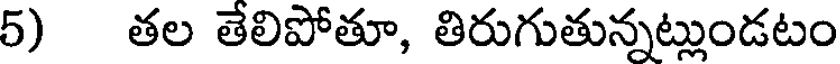
5) తల తేలిపోతూ, తిరుగుతున్నట్లుండటం